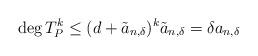
LaTeX: \begin{align*} \deg T_P^k \le (d+\tilde a_{n,\delta})^k \tilde a_{n,\delta}=\delta a_{n,\delta} \end{align*}